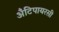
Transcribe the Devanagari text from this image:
अँटिपायरसी